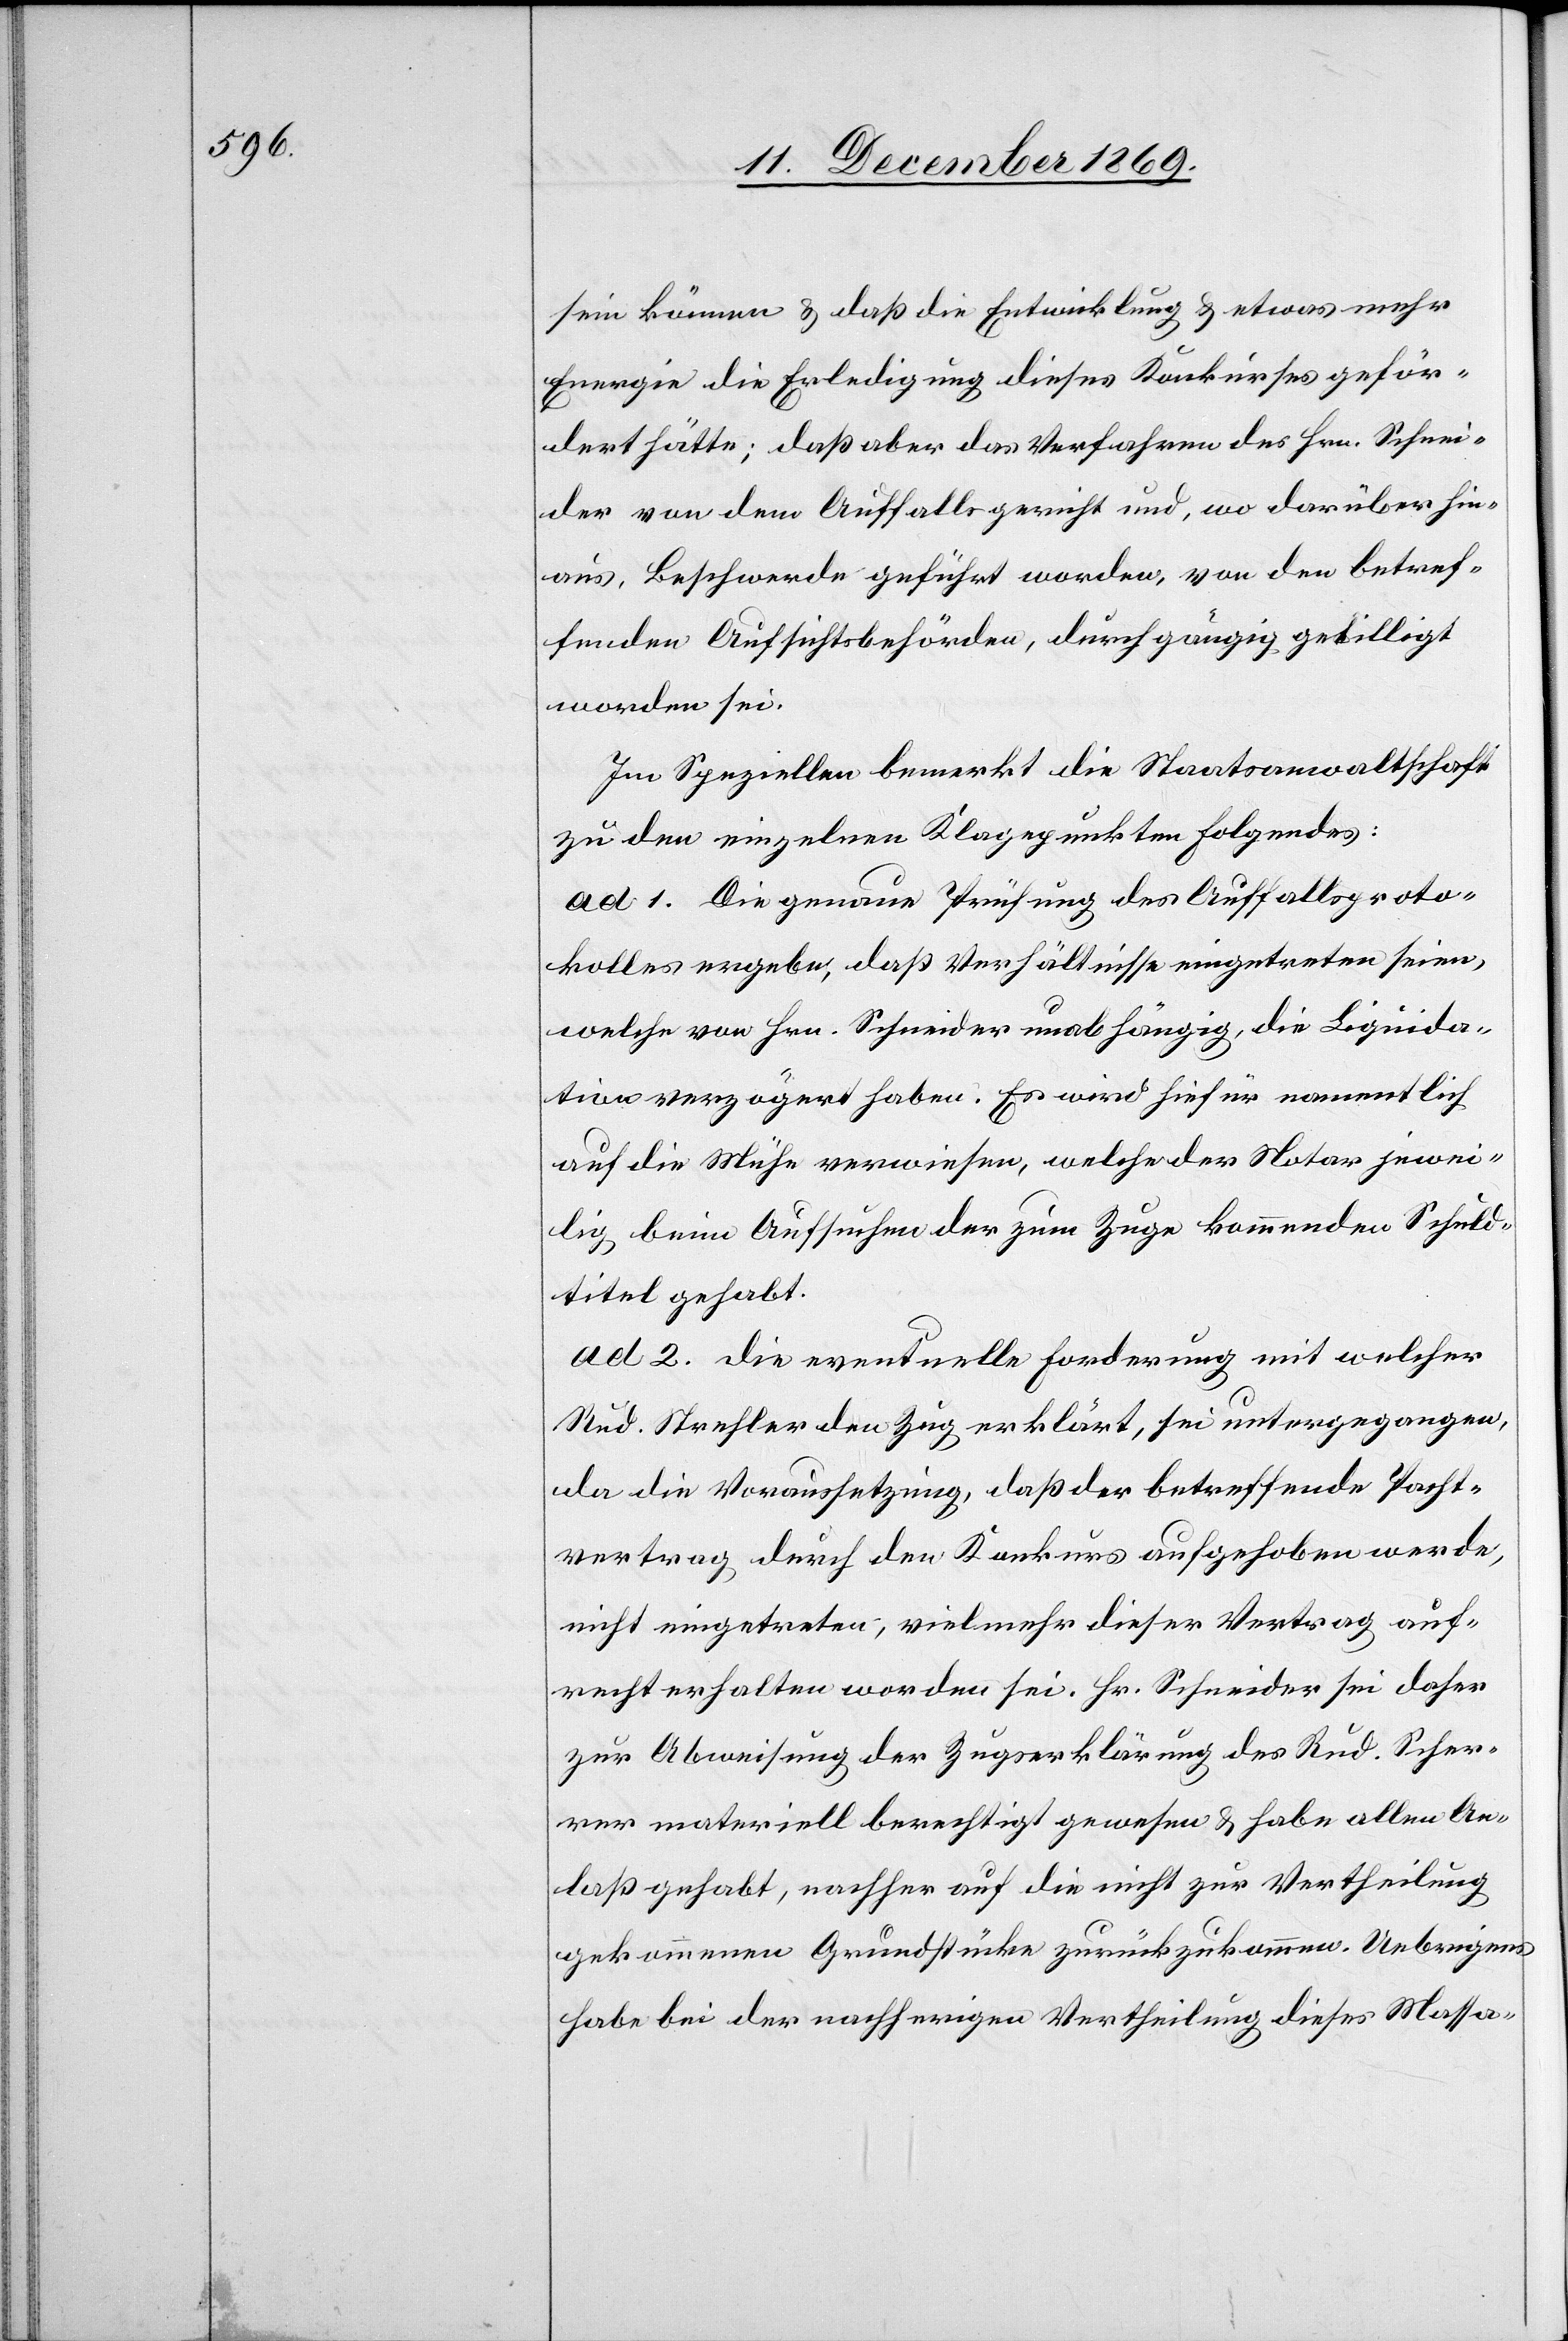
sein können & daß die Entwicklung & etwas mehr
Energie die Erledigung dieses Konkurses geför¬
dert hätte; daß aber das Verfahren des Hrn. Schnei¬
der von dem Auffallsgericht und, wo darüber hin¬
aus, Beschwerde geführt worden, von den betref¬
fenden Aufsichtsbehörden, durchgängig gebilligt
worden sei.
Im Speziellen bemerkt die Staatsanwaltschaft
zu den einzelnen Klagepunkten Folgendes:
ad 1. Die genaue Prüfung des Auffallsproto¬
kolles ergebe, daß Verhältnisse eingetreten seien,
welche von Hrn. Schneider unabhängig, die Liquida¬
tion verzögert haben. Es wird hiefür namentlich
auf die Mühe verwiesen, welche der Notar jewei¬
lig beim Aufsuchen der zum Zuge kommenden Schuld¬
titel gehabt.
ad 2. Die eventuelle Forderung mit welcher
Rud. Strehler den Zug erklärt, sei untergegangen,
da die Voraussetzung, daß der betreffende Pacht¬
vertrag durch den Konkurs aufgehoben werde,
nicht eingetreten, vielmehr dieser Vertrag auf¬
recht erhalten worden sei. Hr. Schneider sei daher
zur Abweisung der Zugserklärung des Rud. Scher¬
rer materiell berechtigt gewesen & habe allen An¬
laß gehabt, nachher auf die nicht zur Vertheilung
gekommenen Grundstücke zurückzukommen. Uebrigens
habe bei der nachherigen Vertheilung dieses Massa-